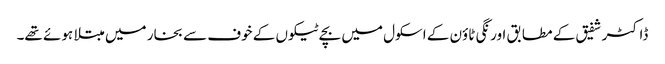
ڈاکٹر شفیق کے مطابق اورنگی ٹاؤن کے اسکول میں بچے ٹیکوں کے خوف سے بخار میں مبتلا ہوئے تھے۔